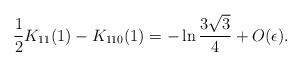
\begin{align*}\frac{1}{2} K_{11}(1) - K_{110}(1) = - \ln \frac{3 \sqrt{3}}{4} + O(\epsilon).\end{align*}